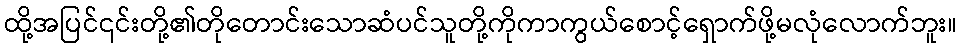
ထို့အပြင်၎င်းတို့၏တိုတောင်းသောဆံပင်သူတို့ကိုကာကွယ်စောင့်ရှောက်ဖို့မလုံလောက်ဘူး။